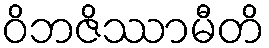
ဝိဘဇိဿာမီတိ